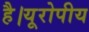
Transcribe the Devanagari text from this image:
है।यूरोपीय